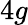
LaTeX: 4g